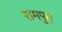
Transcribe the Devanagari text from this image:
रामपुत्